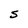
Character: S